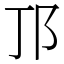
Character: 邒